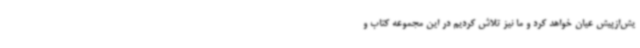
یش‌ازپیش عیان خواهد کرد و ما نیز تلاش کردیم در این مجموعه کتاب و